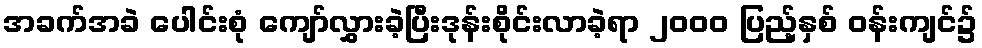
အခက်အခဲ ပေါင်းစုံ ကျော်လွှားခဲ့ပြီးဒုန်းစိုင်းလာခဲ့ရာ ၂၀၀၀ ပြည့်နှစ် ဝန်းကျင်၌